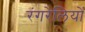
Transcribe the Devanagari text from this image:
रंगरेलियों